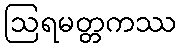
ဩရမတ္တကဿ